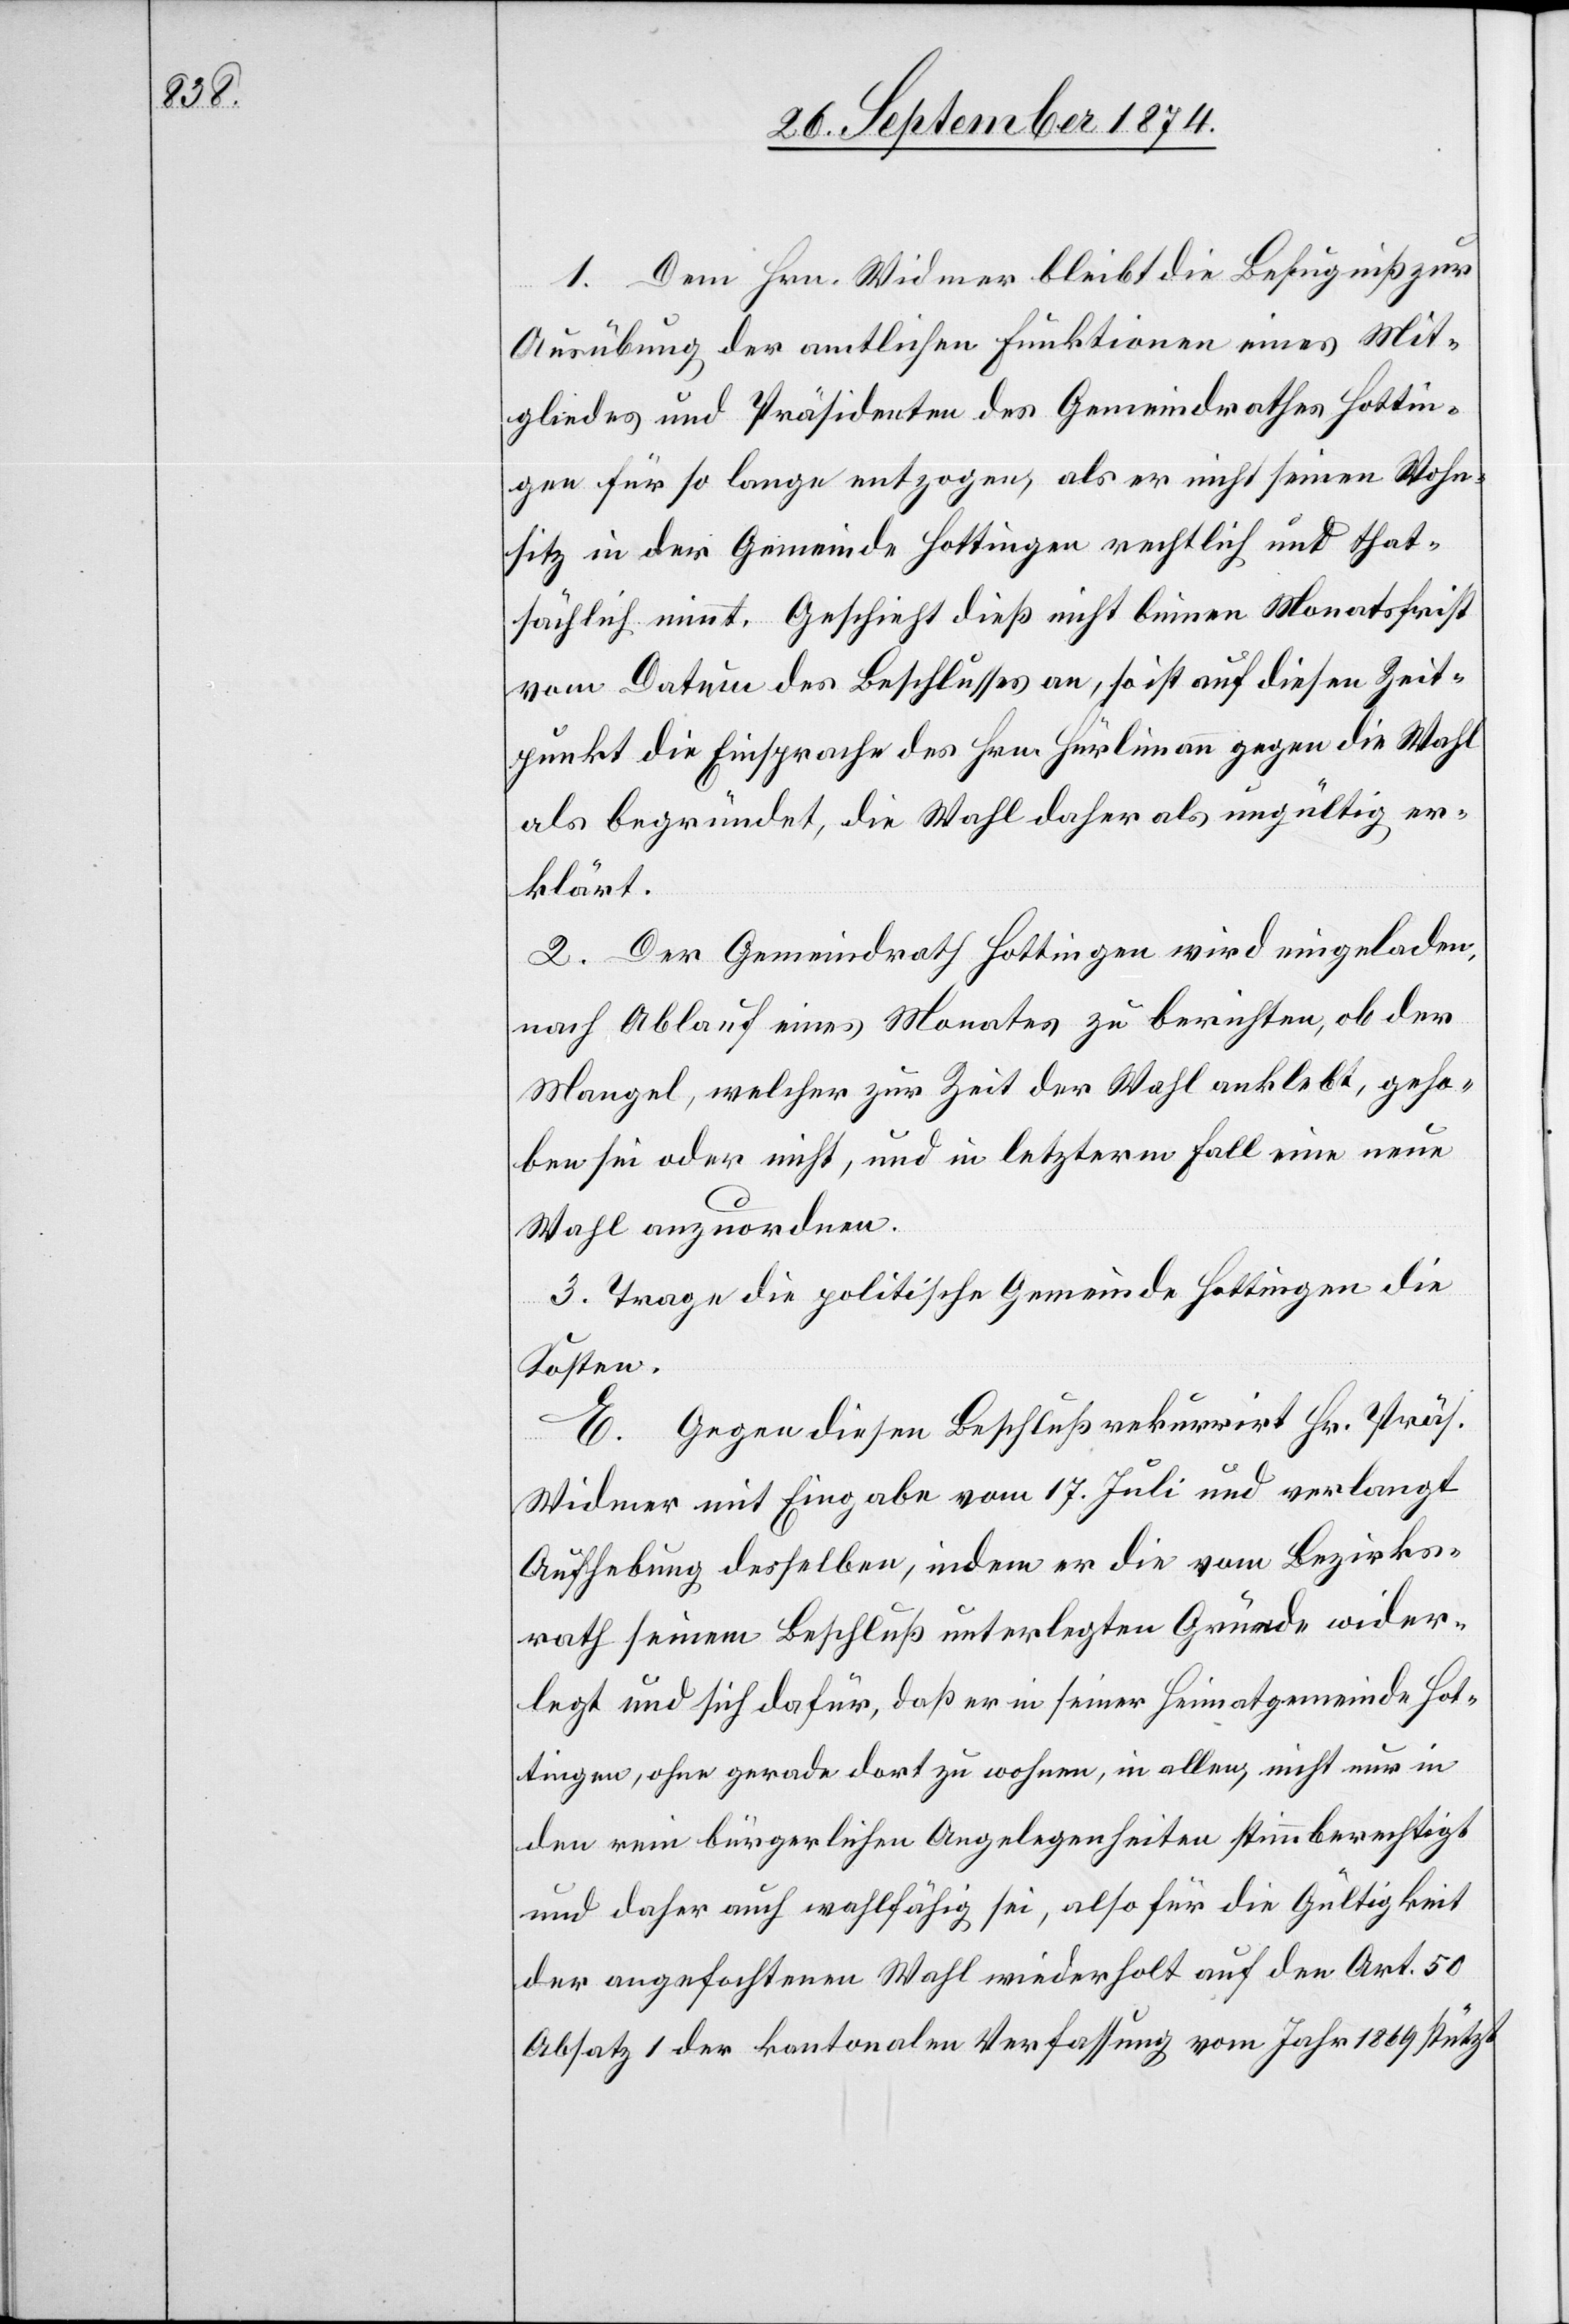
1. Dem Hrn. Widmer bleibt die Befugniß zur
Ausübung der amtlichen Funktionen eines Mit¬
gliedes und Präsidenten des Gemeindrathes Hottin¬
gen für so lange entzogen, als er nicht seinen Wohn¬
sitz in der Gemeinde Hottingen rechtlich und that¬
sächlich nimmt. Geschieht dieß nicht binnen Monatsfrist
vom Datum des Beschlusses an, so ist auf diesen Zeit¬
punkt die Einsprache des Hrn. Hürlimann gegen die Wahl
als begründet, die Wahl daher als ungültig er¬
klärt.
2. Der Gemeindrath Hottingen wird eingeladen,
nach Ablauf eines Monates zu berichten, ob der
Mangel, welcher zur Zeit der Wahl anklebt, geho¬
ben sei oder nicht, und in letzterem Fall eine neue
Wahl anzuordnen.
3. Trage die politische Gemeinde Hottingen die
Kosten.
E. Gegen diesen Beschluß rekurrirt Hr. Präs.
Widmer mit Eingabe vom 17. Juli und verlangt
Aufhebung desselben, indem er die vom Bezirks¬
rath seinem Beschluß unterlegten Gründe wider¬
legt und sich dafür, daß er in seiner Heimatgemeinde Hot¬
tingen, ohne gerade dort zu wohnen, in allen, nicht nur in
den rein bürgerlichen Angelegenheiten stimmberechtigt
und daher auch wahlfähig sei, also für die Gültigkeit
der angefochtenen Wahl wiederholt auf den Art. 50
Absatz 1 der kantonalen Verfassung vom Jahr 1869 stützt